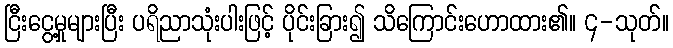
ငြီးငွေ့မှုများပြီး ပရိညာသုံးပါးဖြင့် ပိုင်းခြား၍ သိကြောင်းဟောထား၏။ ၄-သုတ်။